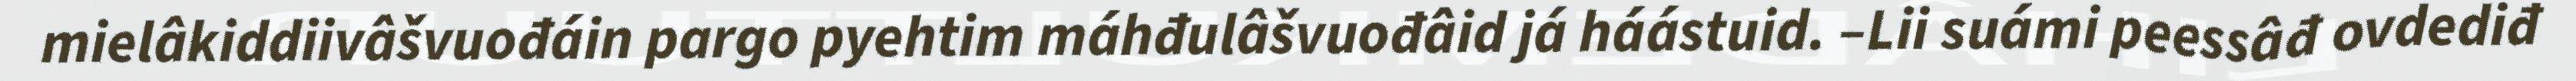
mielâkiddiivâšvuođáin pargo pyehtim máhđulâšvuođâid já háástuid. –Lii suámi peessâđ ovdediđ